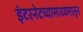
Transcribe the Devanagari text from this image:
इंटरनेटच्यामाध्यमातून